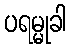
ပရမ္မုခါ